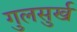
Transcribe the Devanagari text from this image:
गुलसुर्ख